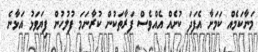
މަނާކަމެއް ކަމަށާ އެފަދަ ކުށެއް އެއްވެސް ފަރާތަކުން ކުރާނަމަ ފުލުހުން ފިޔަވަޅު އަޅާނެ